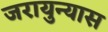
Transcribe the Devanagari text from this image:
जरायुन्यास